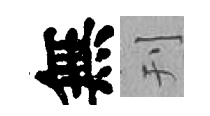
無刊